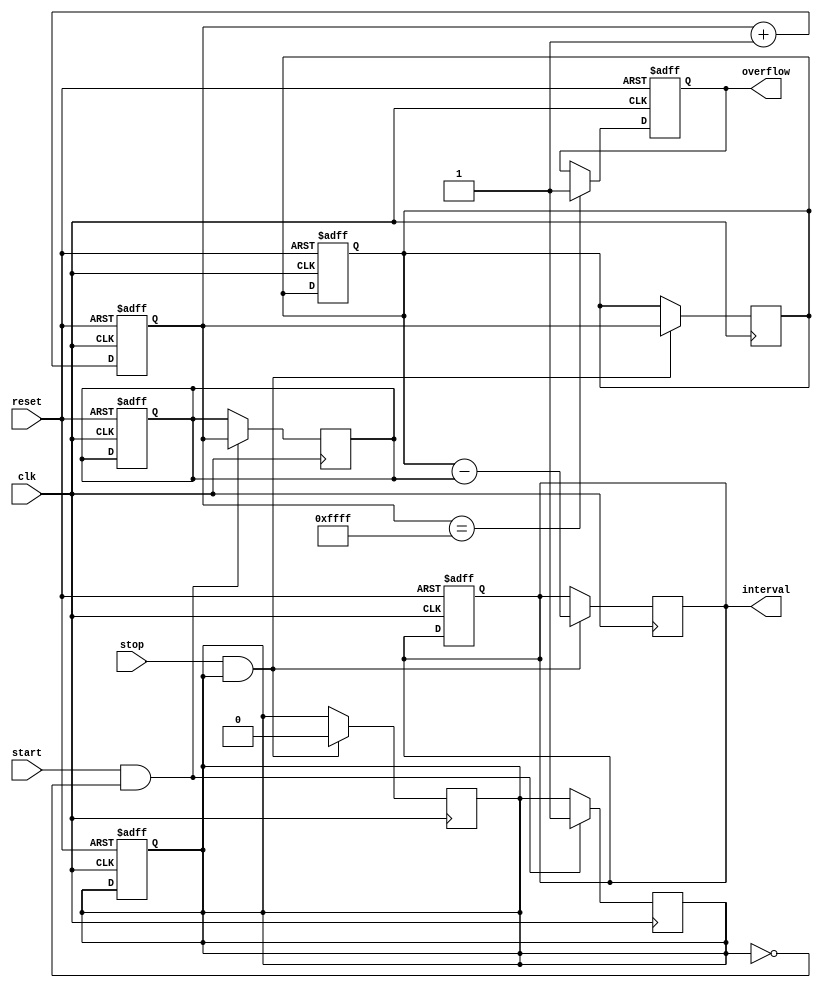
module tdc (
    input wire clk,            // High-frequency clock signal
    input wire reset,          // Reset signal
    input wire start,          // Start event signal
    input wire stop,           // Stop event signal
    output reg [15:0] interval, // Output interval in bits
    output reg overflow        // Overflow flag
);

    reg [15:0] counter;         // 16-bit counter for time measurement
    reg [15:0] start_time;      // Register to hold the counter value at start event
    reg [15:0] stop_time;       // Register to hold the counter value at stop event
    reg started;                // Flag to indicate if we have captured a start event

    // Counter increment logic
    always @(posedge clk or posedge reset) begin
        if (reset) begin
            counter <= 16'b0;
            interval <= 16'b0;
            overflow <= 1'b0;
            started <= 1'b0;
            start_time <= 16'b0;
            stop_time <= 16'b0;
        end else begin
            counter <= counter + 1;

            // Check for overflow
            if (counter == 16'hFFFF) begin
                overflow <= 1'b1; // Set overflow flag if maximum count reached
            end
        end
    end

    // Start event detection logic
    always @(posedge clk) begin
        if (start && !started) begin
            start_time <= counter; // Capture the counter value at the start
            started <= 1'b1;        // Set started flag
        end
    end

    // Stop event detection logic
    always @(posedge clk) begin
        if (stop && started) begin
            stop_time <= counter;  // Capture the counter value at the stop
            interval <= stop_time - start_time; // Calculate interval
            started <= 1'b0;       // Reset started flag
        end
    end
    
endmodule